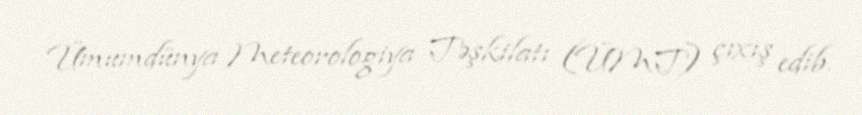
Ümumdünya Meteorologiya Təşkilatı (ÜMT) çıxış edib.